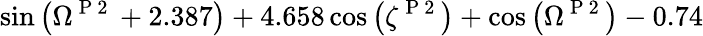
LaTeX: \sin{\left(\Omega^{\mathrm{~P~2~}}+2.387\right)}+4.658\cos{\left(\zeta^{\mathrm{~P~2~}}\right)}+\cos{\left(\Omega^{\mathrm{~P~2~}}\right)}-0.74